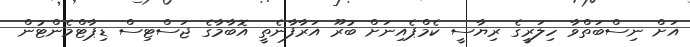
އަށް ނިސްބަތްވާ ހިލަރީގެ ރިޔާސީ ކެމްޕެއިނަށް ބުރޫ އަރާފާނެތީ އޮބާމާގެ ޖަސްޓިސް ޑިޕާޓްމެންޓުން